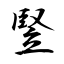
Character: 竪